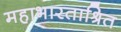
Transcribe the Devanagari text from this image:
महाभारताश्रित